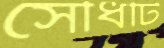
সৌধটি